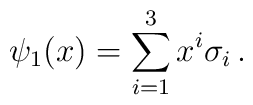
\psi_1 (x) = \sum_{i=1}^3 x^i \sigma_i \, .